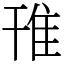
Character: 䧲